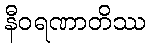
နီဝရဏာတိဿ